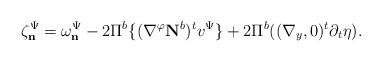
LaTeX: \begin{align*} \zeta_\mathbf{n}^\Psi=\omega_\mathbf{n}^\Psi-2\Pi^b\{(\nabla^\varphi\mathbf{N}^b)^tv^\Psi\}+2\Pi^b((\nabla_y,0)^t\partial_t\eta).\end{align*}